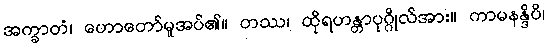
အက္ခာတံ၊ ဟောတော်မူအပ်၏။ တဿ၊ ထိုရဟန္တာပုဂ္ဂိုလ်အား။ ကာမနန္ဒိပိ၊